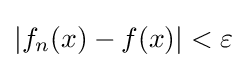
|f_{n}(x)-f(x)|<\varepsilon